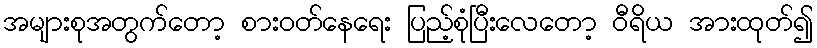
အများစုအတွက်တော့ စားဝတ်နေရေး ပြည့်စုံပြီးလေတော့ ဝီရိယ အားထုတ်၍